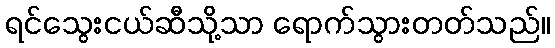
ရင်သွေးငယ်ဆီသို့သာ ရောက်သွားတတ်သည်။